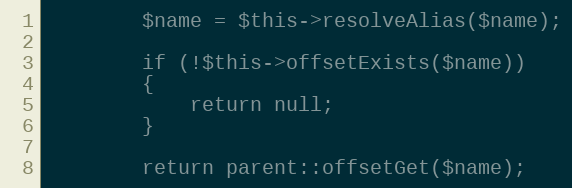
Language: PHP
		$name = $this->resolveAlias($name);

		if (!$this->offsetExists($name))
		{
			return null;
		}

		return parent::offsetGet($name);